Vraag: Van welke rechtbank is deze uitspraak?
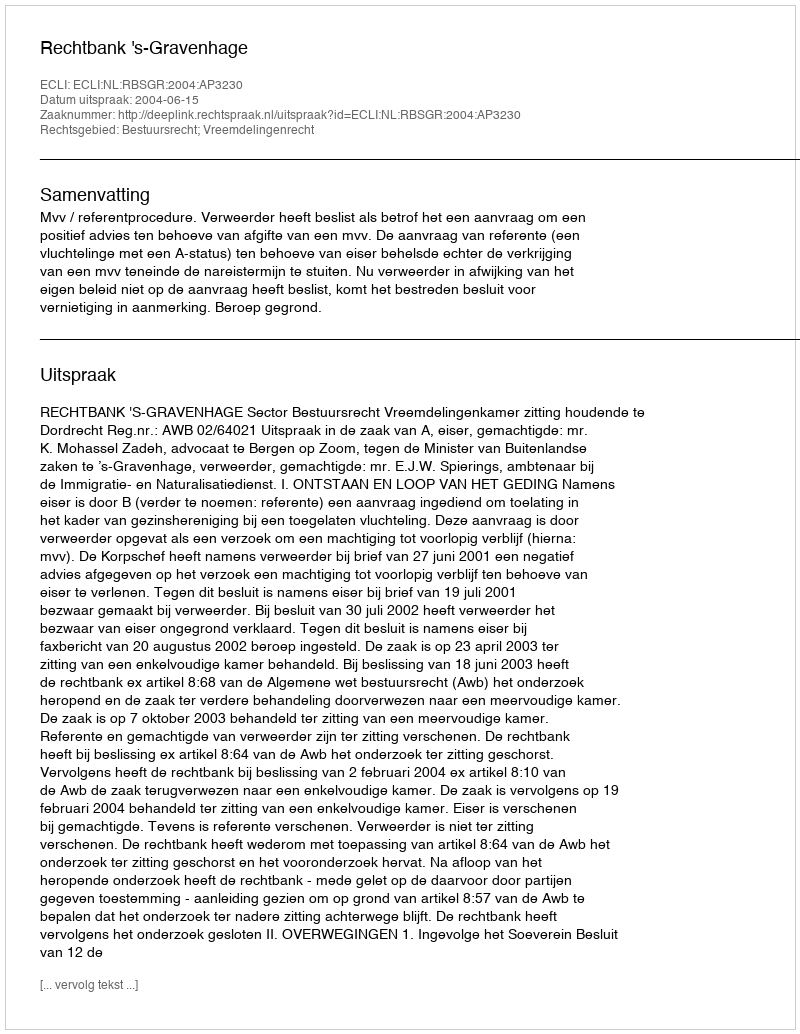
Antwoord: Rechtbank 's-Gravenhage